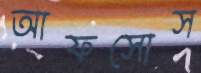
আফসোস